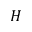
H